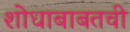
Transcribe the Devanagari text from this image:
शोधाबाबतची